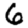
Digit: 6